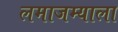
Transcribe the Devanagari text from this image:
लमाजम्याला